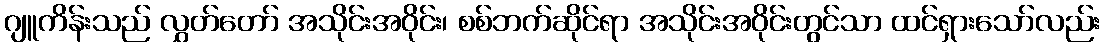
ဂျူကိန်းသည် လွှတ်တော် အသိုင်းအဝိုင်း၊ စစ်ဘက်ဆိုင်ရာ အသိုင်းအဝိုင်းတွင်သာ ထင်ရှားသော်လည်း